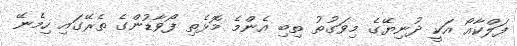
ފަލްކާއޯ އަކީ ދުނިޔޭގެ މިވަގުތު ތިބި އެންމެ މޮޅެތި ފޯވާޑުންގެ ތެރޭގައި ހިމެނޭ